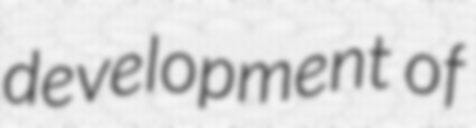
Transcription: development of